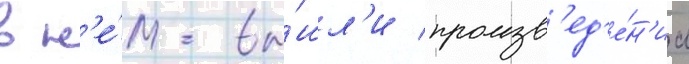
в н'е́м вы́шл'и произв'ед'е́н'иа